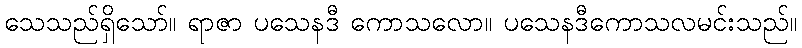
သေသည်ရှိသော်။ ရာဇာ ပသေနဒီ ကောသလော။ ပသေနဒီကောသလမင်းသည်။